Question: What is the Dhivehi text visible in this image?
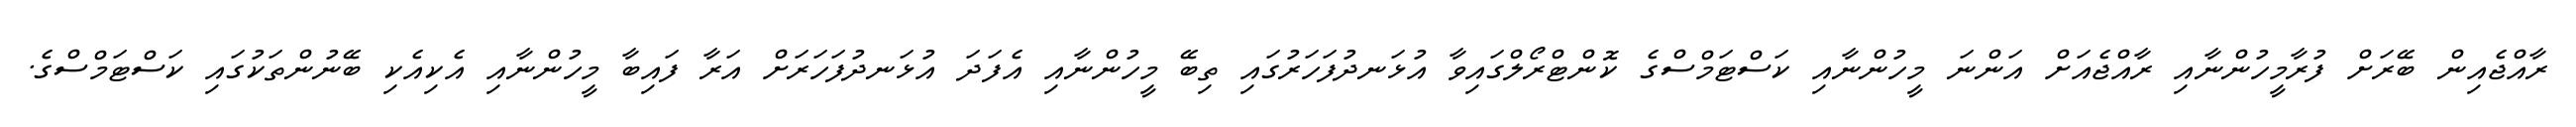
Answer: ރާއްޖެއިން ބޭރަށް ފުރާމީހުންނާއި ރާއްޖެއަށް އަންނަ މީހުންނާއި ކަސްޓަމްސްގެ ކޮންޓްރޯލްގައިވާ އުޅަނދުފަހަރުގައި ތިބޭ މީހުންނާއި އެފަދަ އުޅަނދުފަހަރަށް އަރާ ފައިބާ މީހުންނާއި އެކިއެކި ބޭނުންތަކުގައި ކަސްޓަމްސްގެ.